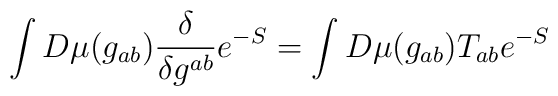
\int D\mu (g_{ab})\frac{\delta }{\delta g^{ab}}e^{-S}=\int D\mu(g_{ab})T_{ab}e^{-S}